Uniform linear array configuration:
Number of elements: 12
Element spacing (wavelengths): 0.5
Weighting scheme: kaiser
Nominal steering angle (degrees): -30
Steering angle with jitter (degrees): -29.438
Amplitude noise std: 0.05
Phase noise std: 0.05

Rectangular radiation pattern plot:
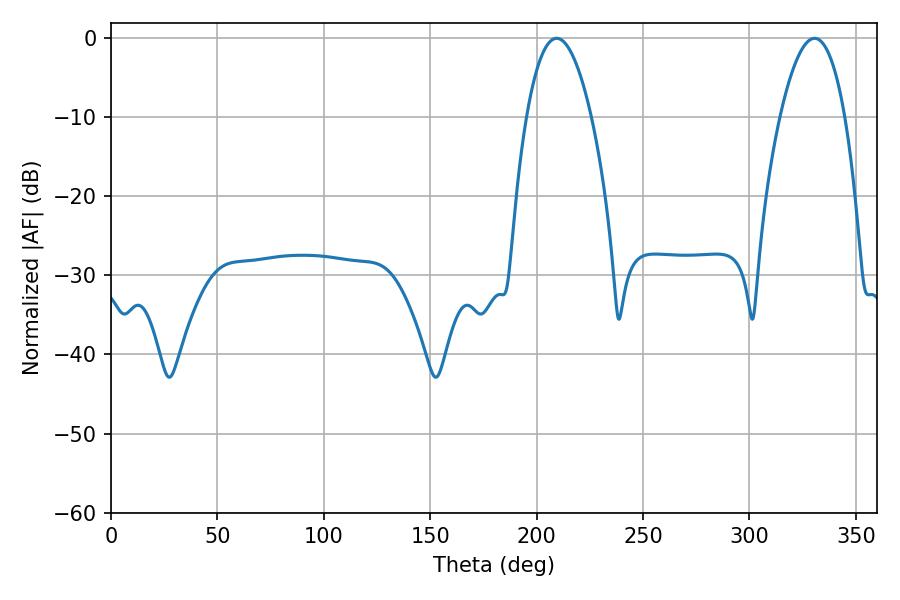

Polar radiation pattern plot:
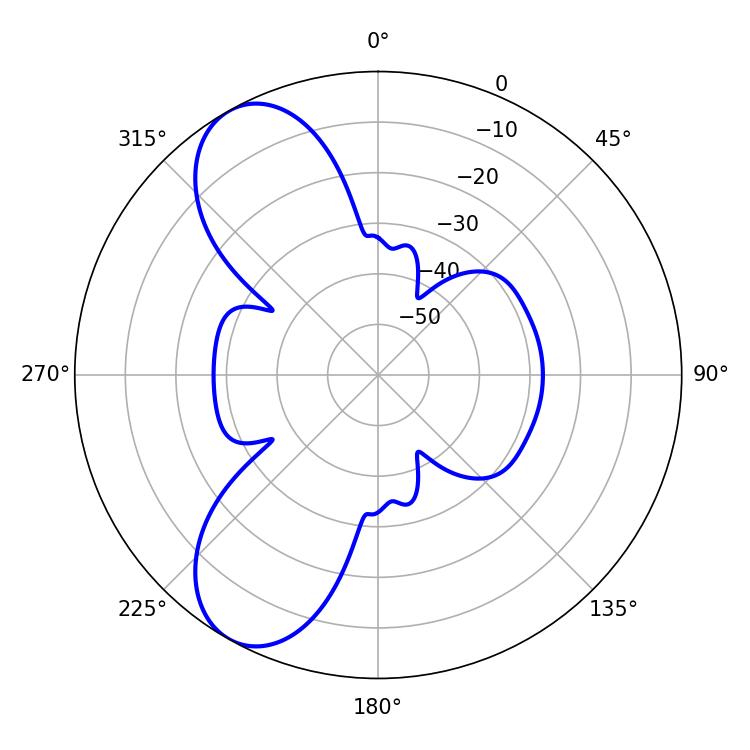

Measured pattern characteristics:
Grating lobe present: FALSE
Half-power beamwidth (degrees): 16.92
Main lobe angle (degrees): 209.34